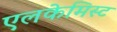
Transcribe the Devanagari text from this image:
एलकेमिस्ट